Report of an investigation of the epidemic of malarial fever in Assam, or, kala-azar
Disease focus: Malaria
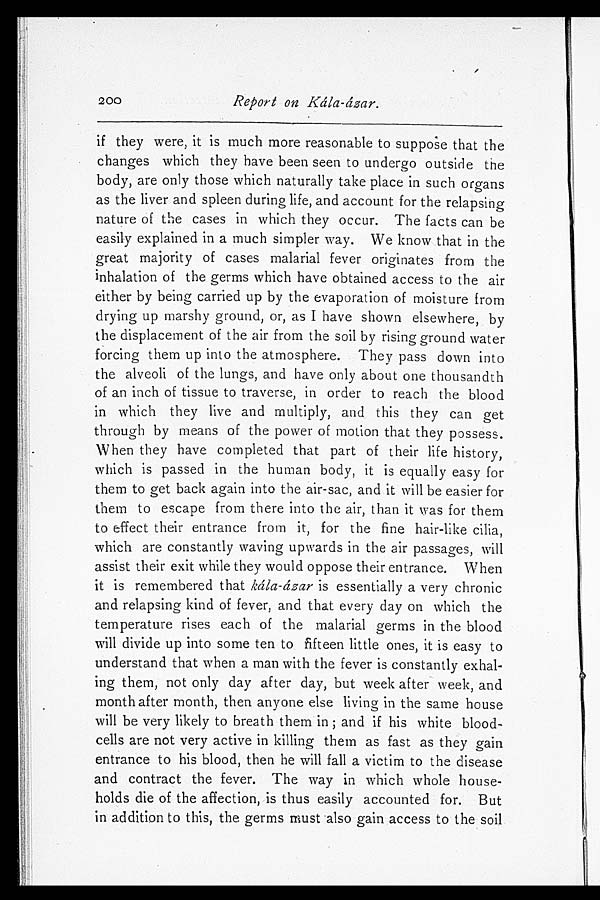
200
Report on Kála-ázar.
if they were, it is much more reasonable to suppose that the
changes which they have been seen to undergo outside the
body, are only those which naturally take place in such organs
as the liver and spleen during life, and account for the relapsing
nature of the cases in which they occur. The facts can be
easily explained in a much simpler way. We know that in the
great majority of cases malarial fever originates from the
inhalation of the germs which have obtained access to the air
either by being carried up by the evaporation of moisture from
drying up marshy ground, or, as I have shown elsewhere, by
the displacement of the air from the soil by rising ground water
forcing them up into the atmosphere. They pass down into
the alveoli of the lungs, and have only about one thousandth
of an inch of tissue to traverse, in order to reach the blood
in which they live and multiply, and this they can get
through by means of the power of motion that they possess.
When they have completed that part of their life history,
which is passed in the human body, it is equally easy for
them to get back again into the air-sac, and it will be easier for
them to escape from there into the air, than it was for them
to effect their entrance from it, for the fine hair-like cilia,
which are constantly waving upwards in the air passages, will
assist their exit while they would oppose their entrance. When
it is remembered that kála-ázar is essentially a very chronic
and relapsing kind of fever, and that every day on which the
temperature rises each of the malarial germs in the blood
will divide up into some ten to fifteen little ones, it is easy to
understand that when a man with the fever is constantly exhal
-ing them, not only day after day, but week after week, and
month after month, then anyone else living in the same house
will be very likely to breath them in; and if his white blood-
cells are not very active in killing them as fast as they gain
entrance to his blood, then he will fall a victim to the disease
and contract the fever. The way in which whole house
-holds die of the affection, is thus easily accounted for. But
in addition to this, the germs must also gain access to the soil